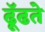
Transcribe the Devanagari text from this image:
ढूॅढते